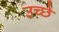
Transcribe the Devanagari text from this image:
उच्छे